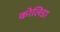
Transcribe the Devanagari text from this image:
कोलिडा